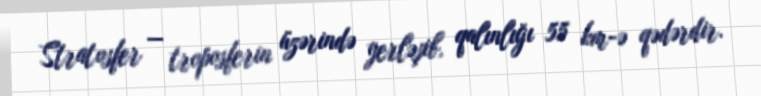
Stratosfer — troposferin üzərində yerləşib, qalınlığı 55 km-ə qədərdir.